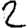
Digit: 2